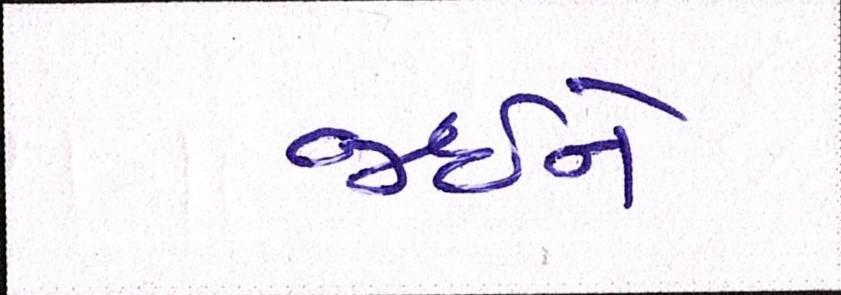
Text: જઈને